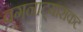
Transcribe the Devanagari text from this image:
वगनाट्यासकट